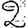
Digit: 2